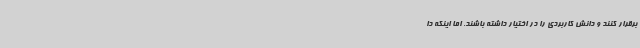
برقرار کنند و دانش کاربردی را در اختیار داشته باشند. اما اینکه دا